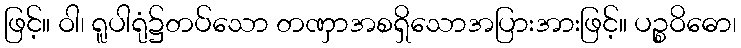
ဖြင့်။ ဝါ၊ ရူပါရုံ၌တပ်သော တဏှာအစရှိသောအပြားအားဖြင့်။ ပဉ္စဝိဓော၊